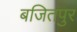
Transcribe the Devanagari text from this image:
बजितपुर